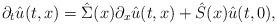
LaTeX: \begin{align*}\partial_t \hat u(t, x) = \hat \Sigma(x) \partial_x \hat u(t, x) + \hat S(x) \hat u(t, 0),\end{align*}